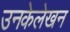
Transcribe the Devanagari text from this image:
उनकेलेखन